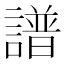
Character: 譜